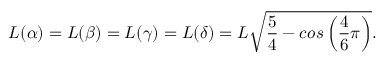
L ( \alpha ) = L ( \beta ) = L ( \gamma ) = L ( \delta ) = L \sqrt { \frac { 5 } { 4 } - c o s \left( \frac { 4 } { 6 } \pi \right) } .